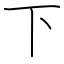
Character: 下